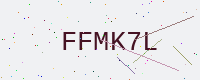
Text: FFMK7L